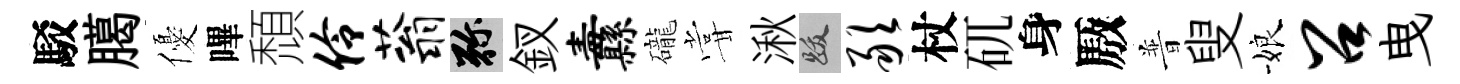
駁臈優嗶頹伶蓊弥釵纛礲甞湫跋敢杖矹身厫普叟娘召曳